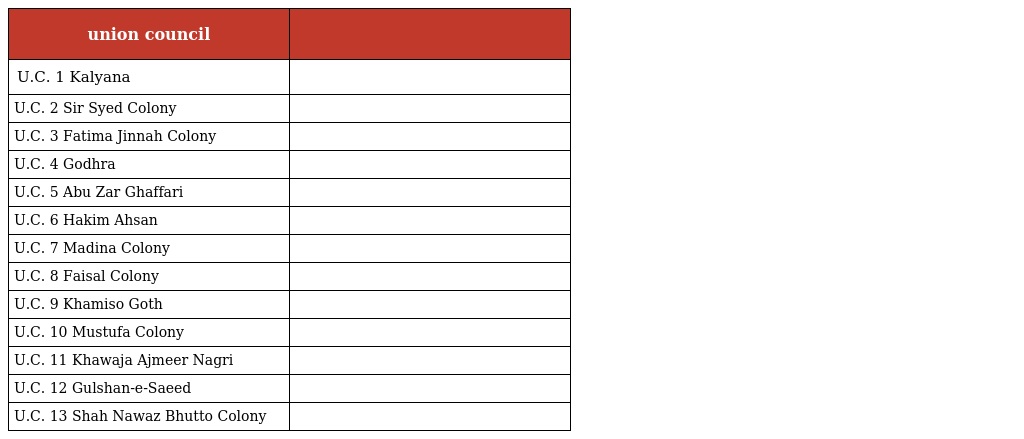
| union council |  |
 | --- | --- |
 | U.C. 1 Kalyana |  |
 | U.C. 2 Sir Syed Colony |  |
 | U.C. 3 Fatima Jinnah Colony |  |
 | U.C. 4 Godhra |  |
 | U.C. 5 Abu Zar Ghaffari |  |
 | U.C. 6 Hakim Ahsan |  |
 | U.C. 7 Madina Colony |  |
 | U.C. 8 Faisal Colony |  |
 | U.C. 9 Khamiso Goth |  |
 | U.C. 10 Mustufa Colony |  |
 | U.C. 11 Khawaja Ajmeer Nagri |  |
 | U.C. 12 Gulshan-e-Saeed |  |
 | U.C. 13 Shah Nawaz Bhutto Colony |  |